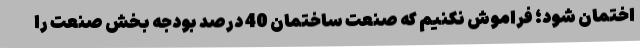
اختمان شود؛ فراموش نکنیم که صنعت ساختمان 40 درصد بودجه بخش صنعت را